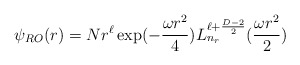
\begin{align*}\psi_{RO}(r)=Nr^\ell\exp(-\frac{\omega r^2}{4})L_{n_r}^{\ell+\frac{D-2}{2}}(\frac{\omega r^2}{2})\end{align*}